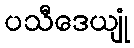
ပသီဒေယျုံ